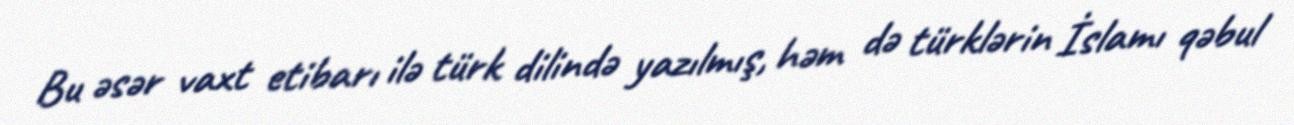
Bu əsər vaxt etibarı ilə türk dilində yazılmış, həm də türklərin İslamı qəbul